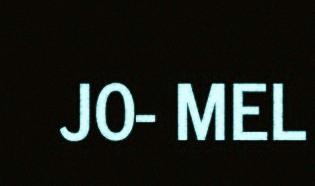
J0- MEL